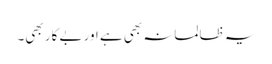
یہ ظالمانہ بھی ہے اور بے کار بھی۔